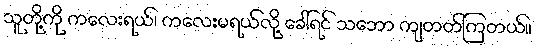
သူတို့ကို ကလေးရယ်၊ ကလေးမရယ်လို့ ခေါ်ရင် သဘော ကျတတ်ကြတယ်။